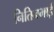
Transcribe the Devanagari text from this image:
नितिनभाई